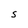
Character: S